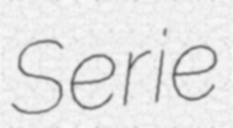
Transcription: Serie